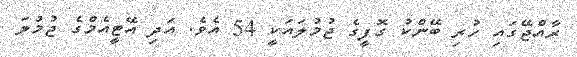
ރާއްޖޭގައި ހުރި ބޭންކު ގޮފީގެ ޖުމުލައަކީ 54 އެވެ. އަދި އޭޓީއެމްގެ ޖުމުލަ